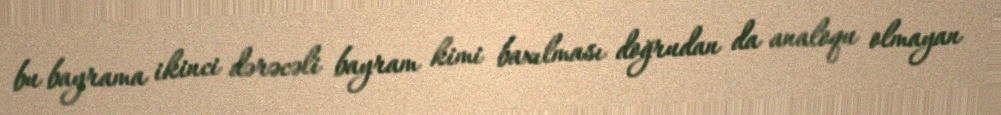
bu bayrama ikinci dərəcəli bayram kimi baxılması doğrudan da analoqu olmayan